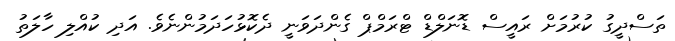
ތަސްދީގު ކުރުމަށް ރައީސް ޑޮނަލްޑް ޓްރަމްޕް ގެންދަވަނީ ދެކޮޅުހަދަމުންނެވެ. އަދި ކުއްލި ހާލަތު